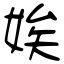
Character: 娭